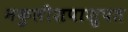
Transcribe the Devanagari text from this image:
नकुलीशपाशुपत